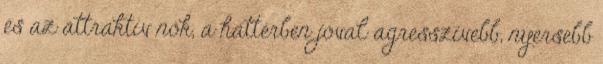
és az attraktív nők, a háttérben jóval agresszívebb, nyersebb